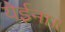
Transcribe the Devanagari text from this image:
येईना॥